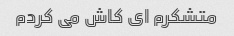
متشکرم ای کاش می کردم